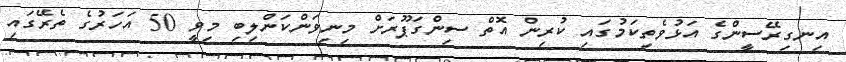
އިނގިރޭސީންގެ އަޅުވެތިކަމުގައި ކުރިން އޮތް ސިންގަޕޫރަށް މިނިވަންކަންލިބި މިވީ 50 އަހަރުގެ ތެރޭގައި